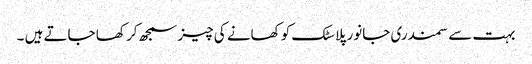
بہت سے سمندری جانور پلاسٹک کو کھانے کی چیز سمجھ کر کھا جاتے ہیں ۔